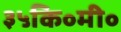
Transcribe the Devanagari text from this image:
३५कि॰मी॰